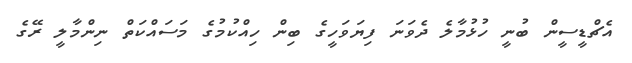
އެޗްޑީސީން ބުނީ ހުޅުމާލެ ދެވަނަ ފިޔަވަހީގެ ބިން ހިއްކުމުގެ މަސައްކަތް ނިންމާލީ ރޭގެ